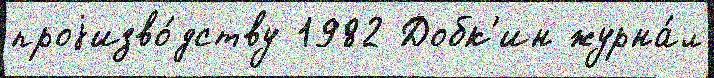
проjизво́дству 1982 Добк'ин журна́л